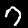
Digit: 7